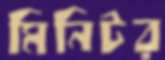
মিনিটর